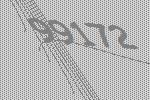
99172